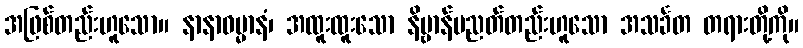
အဖြစ်တည်းဟူသော။ နာနာဓမ္မာနံ၊ အထူးထူးသော နိဗ္ဗာန်ပညတ်တည်းဟူသော အသင်္ခတ တရားတို့ကို။